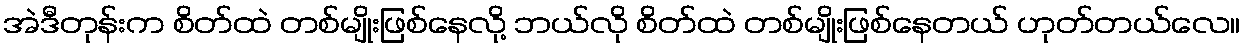
အဲဒီတုန်းက စိတ်ထဲ တစ်မျိုးဖြစ်နေလို့ ဘယ်လို စိတ်ထဲ တစ်မျိုးဖြစ်နေတယ် ဟုတ်တယ်လေ။